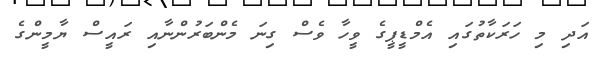
އަދި މި ހަރަކާތުގައި އެމްޑީޕީގެ ވީހާ ވެސް ގިނަ މެންބަރުންނާއި ރައީސް ޔާމީންގެ